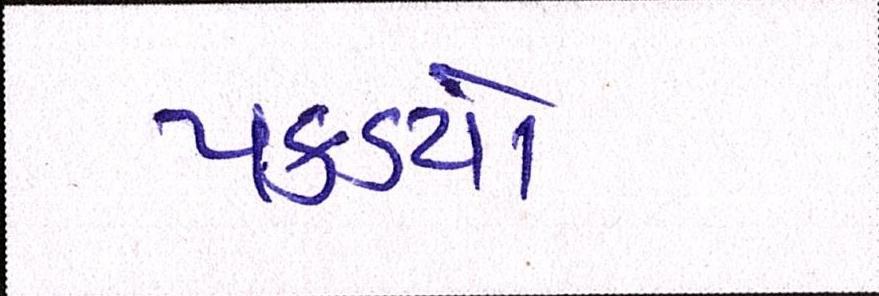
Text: પકડયો